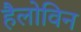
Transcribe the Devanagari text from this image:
हैलोविन